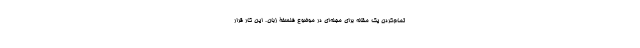
تمام‌کردن یک مقاله برای مجله‌ای در موضوع فلسفۀ زبان. این کار قرار